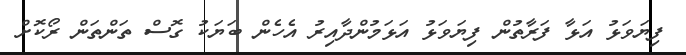
ފިޔަވަޅު އަޅާ ފަރާތުން ފިޔަވަޅު އަޅަމުންދާއިރު އެހެން ބަޔަކު ގޮސް ތަންތަން ރޯކޮށް